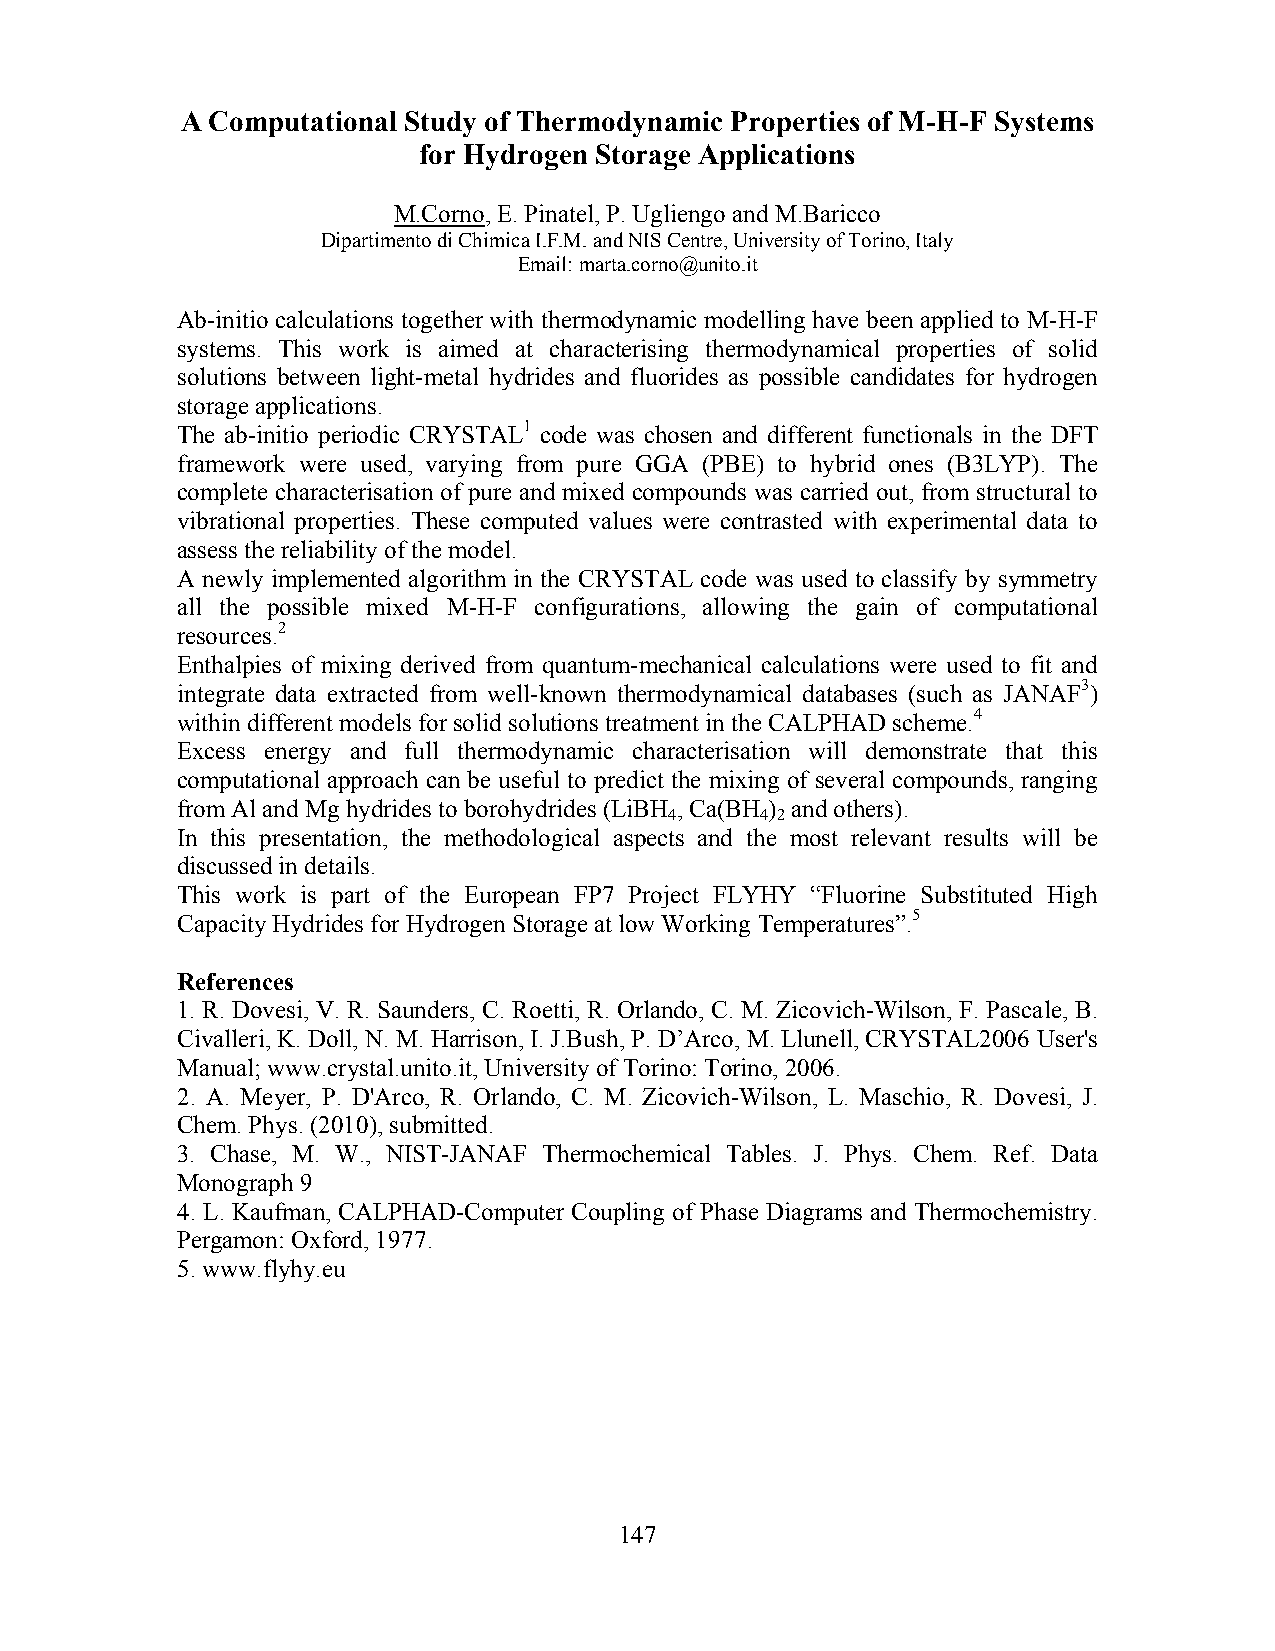
A Computational Study of Thermodynamic Properties of M-H-F Systems
 for Hydrogen Storage Applications
 M.Corno, E. Pinatel, P. Ugliengo and M.Baricco
 Dipartimento di Chimica I.F.M. and NIS Centre, University of Torino, Italy
 Email: marta.corno@unito.it
 Ab-initio calculations together with thermodynamic modelling have been applied to M-H-F
 systems. This work is aimed at characterising thermodynamical properties of solid
 solutions between light-metal hydrides and fluorides as possible candidates for hydrogen
 storage applications.
 The ab-initio periodic CRYSTAL1 code was chosen and different functionals in the DFT
 framework were used, varying from pure GGA (PBE) to hybrid ones (B3LYP). The
 complete characterisation of pure and mixed compounds was carried out, from structural to
 vibrational properties. These computed values were contrasted with experimental data to
 assess the reliability of the model.
 A newly implemented algorithm in the CRYSTAL code was used to classify by symmetry
 all the possible mixed M-H-F configurations, allowing the gain of computational
 resources.2
 Enthalpies of mixing derived from quantum-mechanical calculations were used to fit and
 integrate data extracted from well-known thermodynamical databases (such as JANAF3)
 within different models for solid solutions treatment in the CALPHAD scheme.4
 Excess energy and full thermodynamic characterisation will demonstrate that this
 computational approach can be useful to predict the mixing of several compounds, ranging
 from Al and Mg hydrides to borohydrides (LiBH , Ca(BH ) and others).
 4     4 2
 In this presentation, the methodological aspects and the most relevant results will be
 discussed in details.
 This work is part of the European FP7 Project FLYHY “Fluorine Substituted High
 Capacity Hydrides for Hydrogen Storage at low Working Temperatures”.5
 References
 1. R. Dovesi, V. R. Saunders, C. Roetti, R. Orlando, C. M. Zicovich-Wilson, F. Pascale, B.
 Civalleri, K. Doll, N. M. Harrison, I. J.Bush, P. D’Arco, M. Llunell, CRYSTAL2006 User's
 Manual; www.crystal.unito.it, University of Torino: Torino, 2006.
 2. A. Meyer, P. D'Arco, R. Orlando, C. M. Zicovich-Wilson, L. Maschio, R. Dovesi, J.
 Chem. Phys. (2010), submitted.
 3. Chase, M. W., NIST-JANAF Thermochemical Tables. J. Phys. Chem. Ref. Data
 Monograph 9
 4. L. Kaufman, CALPHAD-Computer Coupling of Phase Diagrams and Thermochemistry.
 Pergamon: Oxford, 1977.
 5. www.flyhy.eu
 147